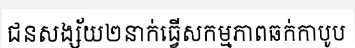
ជនសង្ស័យ២នាក់ធ្វើសកម្មភាពឆក់កាបូប